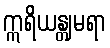
ဣရိယန္တျမရာ